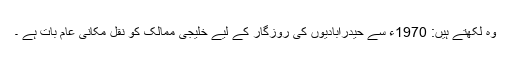
وہ لکھتے ہیں: 1970ء سے حیدرآبادیوں کی روزگار کے لیے خلیجی ممالک کو نقل مکانی عام بات ہے ۔